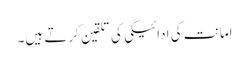
امانت کی ادائیگی کی تلقین کرتے ہیں۔